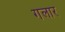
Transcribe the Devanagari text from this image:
गलार